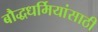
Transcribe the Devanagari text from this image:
बौद्धधर्मियांसाठी